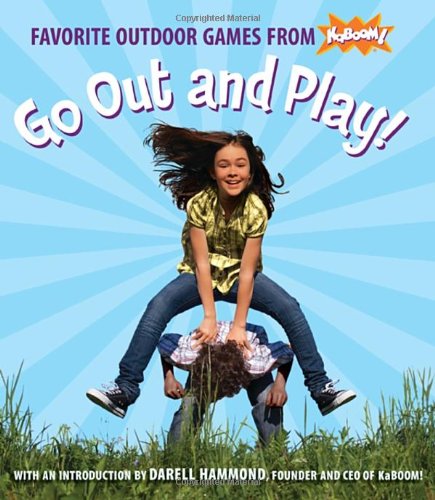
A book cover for Go Out and Play!: Favorite Outdoor Games from KaBOOM!; KaBOOM!; Children's Books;